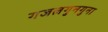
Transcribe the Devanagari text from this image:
गजलगुनगुना